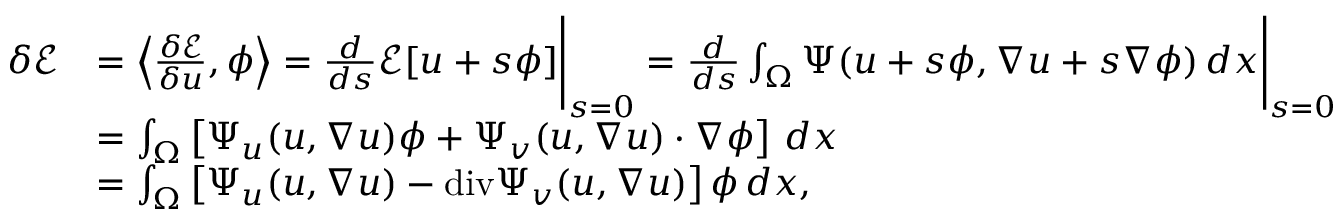
\begin{array} { r l } { \delta \mathcal { E } } & { = \left\langle \frac { \delta \mathcal { E } } { \delta u } , \phi \right\rangle = \frac { d } { d s } \mathcal { E } [ u + s \phi ] \Bigg | _ { s = 0 } = \frac { d } { d s } \int _ { \Omega } \Psi ( u + s \phi , \nabla u + s \nabla \phi ) \, d x \Bigg | _ { s = 0 } } \\ & { = \int _ { \Omega } \left[ \Psi _ { u } ( u , \nabla u ) \phi + \Psi _ { v } ( u , \nabla u ) \cdot \nabla \phi \right] \, d x } \\ & { = \int _ { \Omega } \left[ \Psi _ { u } ( u , \nabla u ) - \mathrm { d i v } \Psi _ { v } ( u , \nabla u ) \right] \phi \, d x , } \end{array}